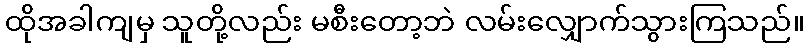
ထိုအခါကျမှ သူတို့လည်း မစီးတော့ဘဲ လမ်းလျှောက်သွားကြသည်။